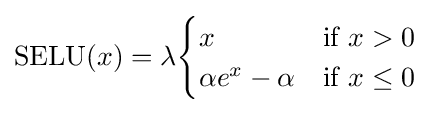
\mathrm {SELU} (x)=\lambda {\begin{cases}x&{\text{if }}x>0\\\alpha e^{x}-\alpha &{\text{if }}x\leq 0\end{cases}}